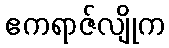
ဧကရာဇ်လျိုက